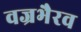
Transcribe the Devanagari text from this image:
वज्रभैरव